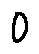
0